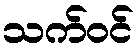
သက်ဝင်